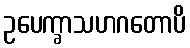
ဥပေက္ခာသဟဂတောပိ